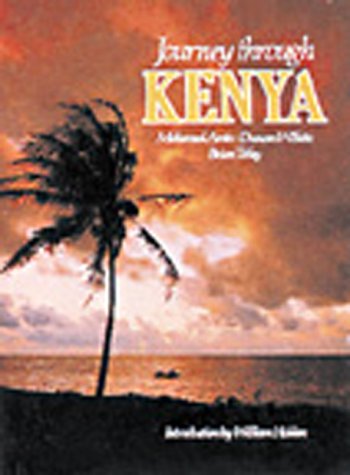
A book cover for Journey Through Kenya (Journey Through...); Mohamed Amin; Travel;